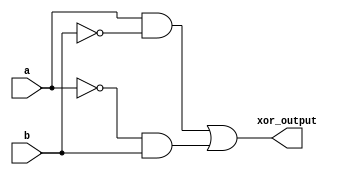
module xor_gate(
    input wire a,
    input wire b,
    output reg xor_output
);

wire not_a;
wire not_b;
wire pass1_out;
wire pass2_out;

assign not_a = ~a;
assign not_b = ~b;

assign pass1_out = a & not_b;
assign pass2_out = not_a & b;

assign xor_output = pass1_out | pass2_out;

endmodule